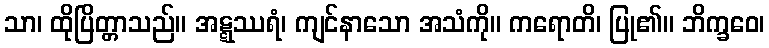
သာ၊ ထိုပြိတ္တာသည်။ အဋ္ဋဿရံ၊ ကျင်နာသော အသံကို။ ကရောတိ၊ ပြု၏။ ဘိက္ခဝေ၊